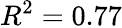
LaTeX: R^{2}=0.77